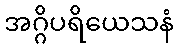
အဂ္ဂိပရိယေသနံ